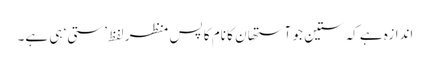
اندازہ ہے کہ ستین جو آستھان کا نام کا پس منظر لفظ ’ستی‘ ہی ہے۔